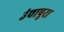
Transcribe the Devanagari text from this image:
उंचापुरा